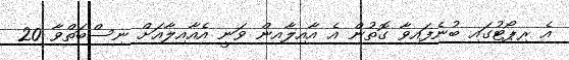
އެ ރިޕޯޓުގައި ބުނެފައިވާ ގޮތުން އެ އާއިލާއިން ވަނީ އެއާއިލާއަށް ނިސްބަތްވާ 20